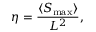
\eta = \frac { \langle S _ { \mathrm { m a x } } \rangle } { L ^ { 2 } } ,